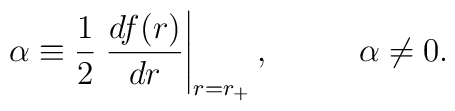
\alpha \equiv {1 \over 2} \left. { df(r) \over dr } \right|_{r=r_+}, \\ \ \ \ \ \ \ \ \  \alpha \neq 0.